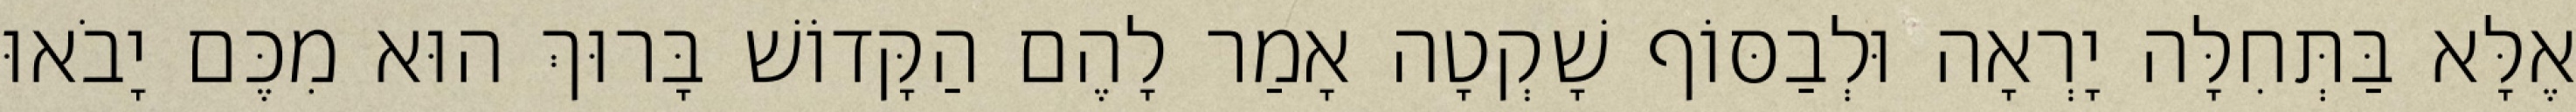
אֶלָּא בַּתְּחִלָּה יָרְאָה וּלְבַסּוֹף שָׁקְטָה אָמַר לָהֶם הַקָּדוֹשׁ בָּרוּךְ הוּא מִכֶּם יָבֹאוּ